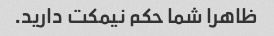
ظاهرا شما حکم نیمکت دارید.